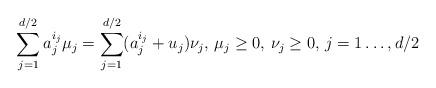
LaTeX: \begin{align*}\sum_{j=1}^{d/2}a^{i_j }_j\mu_j=\sum_{j=1}^{d/2}(a^{i_j }_j+u_j)\nu_j,\, \mu_j\ge 0,\,\nu_j\ge 0,\,j=1\dots, d/2\end{align*}